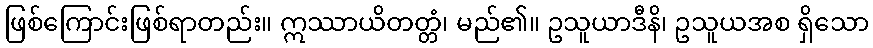
ဖြစ်ကြောင်းဖြစ်ရာတည်း။ ဣဿာယိတတ္တံ၊ မည်၏။ ဥသူယာဒီနိ၊ ဥသူယအစ ရှိသော